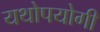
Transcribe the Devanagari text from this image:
यथोपयोगी